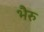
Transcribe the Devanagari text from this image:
भैरु